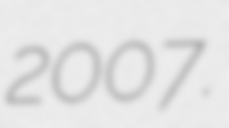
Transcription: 2007.